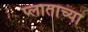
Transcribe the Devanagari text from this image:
प्लाताच्या